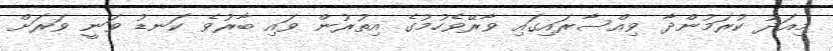
މިއަދު ކުރަމުންދާ ވިއްސާރައިގައި ވާރޭވެހުމުގެ އިތުުރުން ވައި ބާރުވެ ކަނޑު ވަނީ ވަރަށް